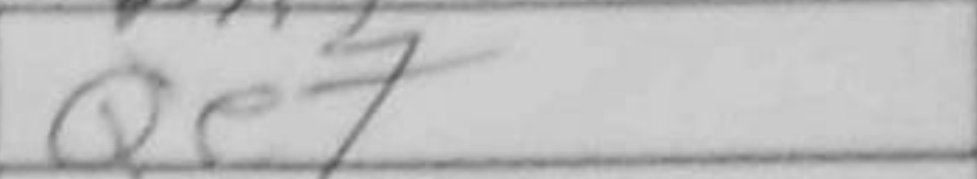
Transcription: Qe7